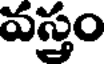
వస్త్రం